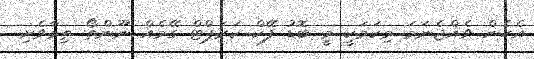
އެހެން ވެއްޖެނަމަ މިކަމަކީ މީ ބޮޑު ފޭކް ކަރަޕްޓް ގޭމެއް ނޫންތޯ ތިމާވެށި